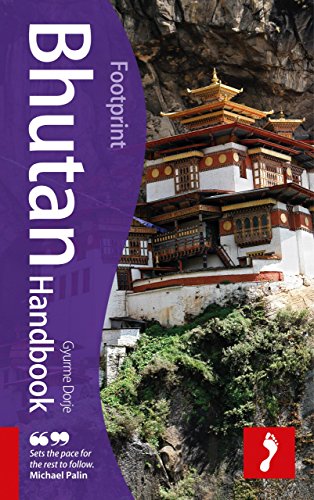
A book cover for Bhutan Handbook, 2nd: Travel guide to Bhutan (Footprint - Handbooks); Gyurme Dorje; Travel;